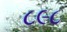
૮૯૮